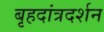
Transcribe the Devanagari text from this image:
बृहदांत्रदर्शन